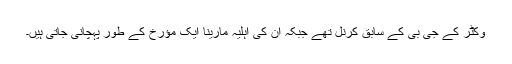
وکٹر کے جی بی کے سابق کرنل تھے جبکہ ان کی اہلیہ مارینا ایک مؤرخ کے طور پہچانی جاتی ہیں۔